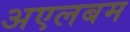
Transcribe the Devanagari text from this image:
अएलबम